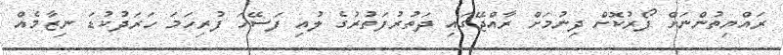
ރައްޔިތުންނަށް ފޯރުކޮށް ދިނުމަށް ރާއްޖޭގައި ދަތުރުފަތުރުގެ ލުއި ފަސޭހަ ފުރިހަމަ ހަރަދުކުޑަ ނިޒާމެއް